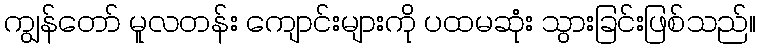
ကျွန်တော် မူလတန်း ကျောင်းများကို ပထမဆုံး သွားခြင်းဖြစ်သည်။